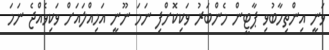
ވަނީ އިންތިހާބުވި ޕާޓީން މެންބަރު ވަކިކޮށްފި ނަމަ ނޫނީ އަމިއްލައަށް ވަކިވެއްޖެ ނަމަ